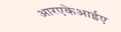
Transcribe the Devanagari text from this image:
आरएकेआईए